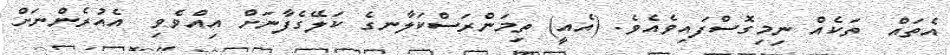
އެތައް  ތަކެއް ނިމިގޮސްފައިވެއެވެ. (އެއީ) ތިމަންރަސްކަލާނގެ ކަލޭގެފާނަށް އިއްވެވި  އެއުރެންނަށް